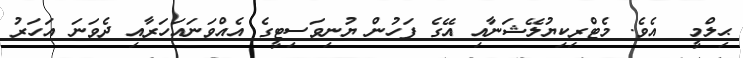
ޙިލްމީ  އެވެ. މެޓްރިކިޔުލޭޝަނާއި އޭގެ ފަހުން ޔުނިވަސިޓީގެ އެއްވަނައަހަރާއި ދެވަނަ އަހަރު